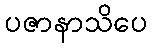
ပဇာနာသိပေ